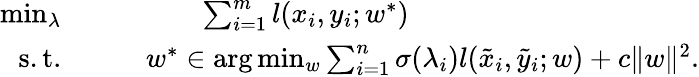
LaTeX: \begin{array}{rl}{\operatorname*{min}_{\lambda}}&{\qquad\qquad\textstyle\sum_{i=1}^{m}l(x_{i},y_{i};w^{*})}\\ {\mathrm{s.t.}}&{\qquad w^{*}\in\arg\operatorname*{min}_{w}\textstyle\sum_{i=1}^{n}\sigma(\lambda_{i})l(\tilde{x}_{i},\tilde{y}_{i};w)+c\| w\| ^{2}.}\end{array}